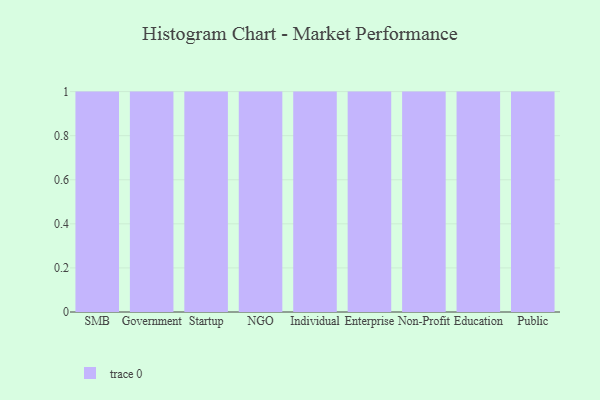
{"axis": {"x": "Segment", "y": "Headcount"}, "legend": [""], "data": [{"x": "SMB", "y": 49, "type": ""}, {"x": "Government", "y": 32, "type": ""}, {"x": "Startup", "y": 6, "type": ""}, {"x": "NGO", "y": 17, "type": ""}, {"x": "Individual", "y": 19, "type": ""}, {"x": "Enterprise", "y": 12, "type": ""}, {"x": "Non-Profit", "y": 32, "type": ""}, {"x": "Education", "y": 39, "type": ""}, {"x": "Public", "y": 24, "type": ""}]}